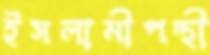
ইসলামীপন্থী